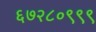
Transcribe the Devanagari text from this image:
६७२८०९९९